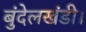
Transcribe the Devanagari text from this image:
बुंदेलखंडी।